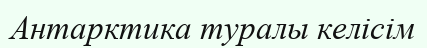
Антарктика туралы келісім